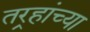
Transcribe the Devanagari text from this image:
तर्‍हांच्या